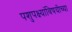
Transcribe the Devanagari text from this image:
पशुपक्ष्यांविषयीच्या